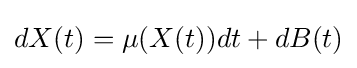
dX(t)=\mu (X(t))dt+dB(t)